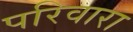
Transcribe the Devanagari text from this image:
परिवारा